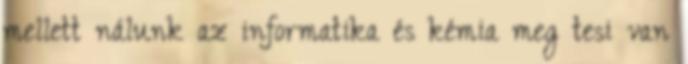
mellett nálunk az informatika és kémia meg tesi van